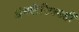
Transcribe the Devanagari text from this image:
ॲथलेटिक्सही